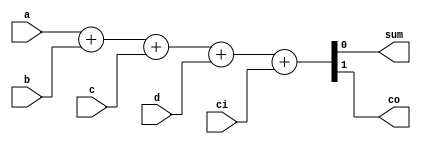
module add4bit(a,b,c,d,ci,sum,co);    //DONE
input a;
input b;
input c;
input d;

input ci;

output sum;
output co;

wire a;
wire b;
wire c;
wire d;
wire ci;
wire sum;
wire co;

assign{co,sum}=a+b+c+d+ci;

endmodule